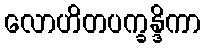
လောဟိတပက္ခန္ဒိကာ